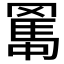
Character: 𦋱